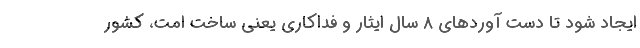
ایجاد شود تا دست آوردهای ۸ سال ایثار و فداکاری یعنی ساخت امت، کشور